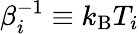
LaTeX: \beta_{i}^{-1}\equiv k_{\mathrm{B}}T_{i}